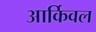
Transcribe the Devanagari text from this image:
आर्किवल